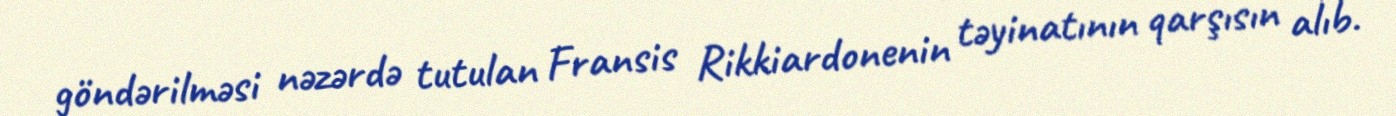
göndərilməsi nəzərdə tutulan Fransis Rikkiardonenin təyinatının qarşısın alıb.